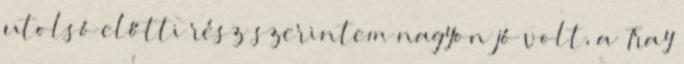
utolsó előtti rész szerintem nagyon jó volt, a “Tray